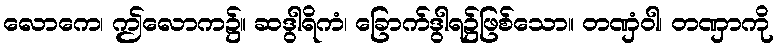
လောကေ၊ ဤလောက၌။ ဆဒွါရိကံ၊ ခြောက်ဒွါရ၌ဖြစ်သော။ တဏှံဝါ၊ တဏှာကို